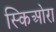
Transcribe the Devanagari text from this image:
स्किओरा